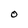
Character: O